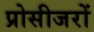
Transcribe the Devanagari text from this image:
प्रोसीजरों